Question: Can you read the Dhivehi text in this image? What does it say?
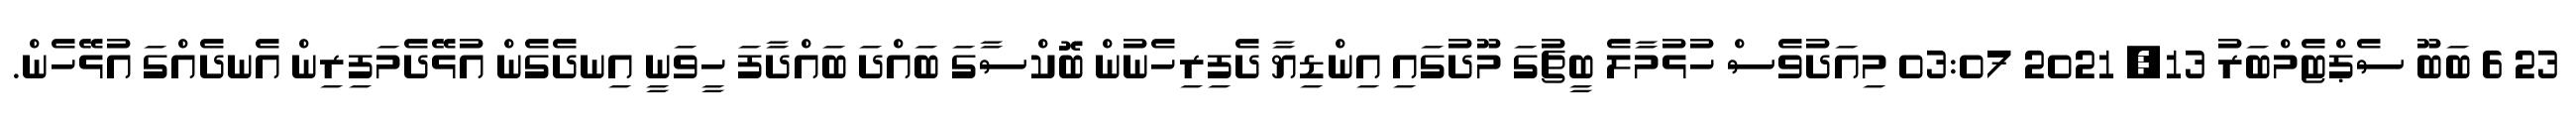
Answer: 23 6 ބަބޫ ސެޕްޓެމްބަރު 13, 2021 03:07 މިއަދުވެސް ހުޅުމާލެ ބީޗުގަ މޫދުގައި އިންޑިޔާ ދެފިރިހެނުން ބޮކްސާގަ ބައްދަ ބައްދާފަ ހީވަނީ އިނދެގެން އުޅޭދެމަފިރިން އެނދެއްގަ އުޅޭހެން.